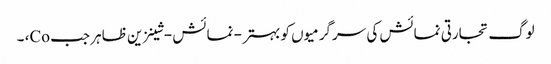
لوگ تجارتی نمائش کی سرگرمیوں کو بہتر - نمائش - شینزین ظاہر جب Co، ۔